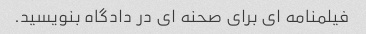
فیلمنامه ای برای صحنه ای در دادگاه بنویسید.